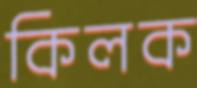
কিলক